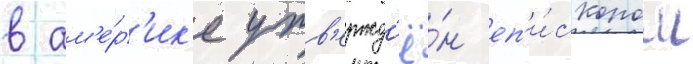
в ам'е́р'ик'е утв'ержд'ё́н еп'и́скопом